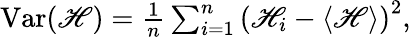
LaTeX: \begin{array}{r}{\operatorname{Var}(\mathscr{H})=\frac{1}{n}\sum_{i=1}^{n}\left(\mathscr{H}_{i}-\left\langle\mathscr{H}\right\rangle\right)^{2},}\end{array}